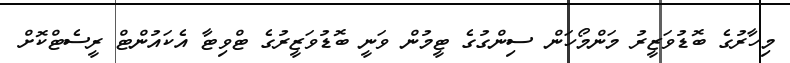
މިހާރުގެ ބޮޑުވަޒީރު މަންމޯހަން ސިންގުގެ ޓީމުން ވަނީ ބޮޑުވަޒީރުގެ ޓްވިޓާ އެކައުންޓް ރީސެޓްކޮށް